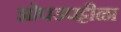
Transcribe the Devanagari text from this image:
झोपडपट्टीळा